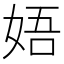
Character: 娪